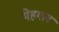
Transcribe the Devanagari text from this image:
मेहगाव